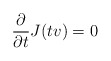
\begin{align*} \frac \partial{\partial t} J(tv) = 0\end{align*}